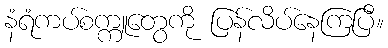
နံရံကပ်စက္ကူတွေကို ပြန်လိပ်နေကြပြီ။